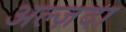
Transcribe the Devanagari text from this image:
अल्ज़दा